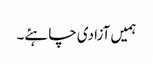
ہمیں آزادی چاہئے۔